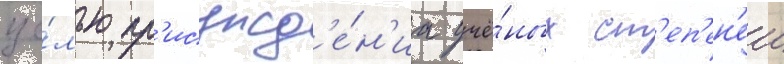
це́лью пр'исужд'е́н'иа учё́ных ст'еп'ен'еи